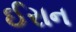
ઈરાન